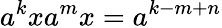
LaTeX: a^{k}xa^{m}x=a^{k-m+n}